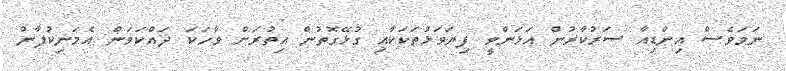
ނަމަވެސް އިންޑިއާ ސަރުކާރުން އަޅަންވީ ފިޔަވަޅުތަކަކާއި ގުޅޭގޮތުން އިތުރަށް ވާހަކަ ދައްކަވަން އެމަނިކުފާނު